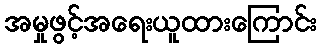
အမှုဖွင့်အရေးယူထားကြောင်း